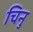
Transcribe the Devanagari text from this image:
चिनु